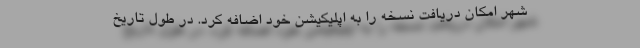
شهر امکان دریافت نسخه را به اپلیکیشن خود اضافه کرد. در طول تاریخ